Report on sanitation, dispensaries, and jails in Rajputana for 1913, and on vaccination for the year 1913-1914 - 1913-1914
Year: 1913
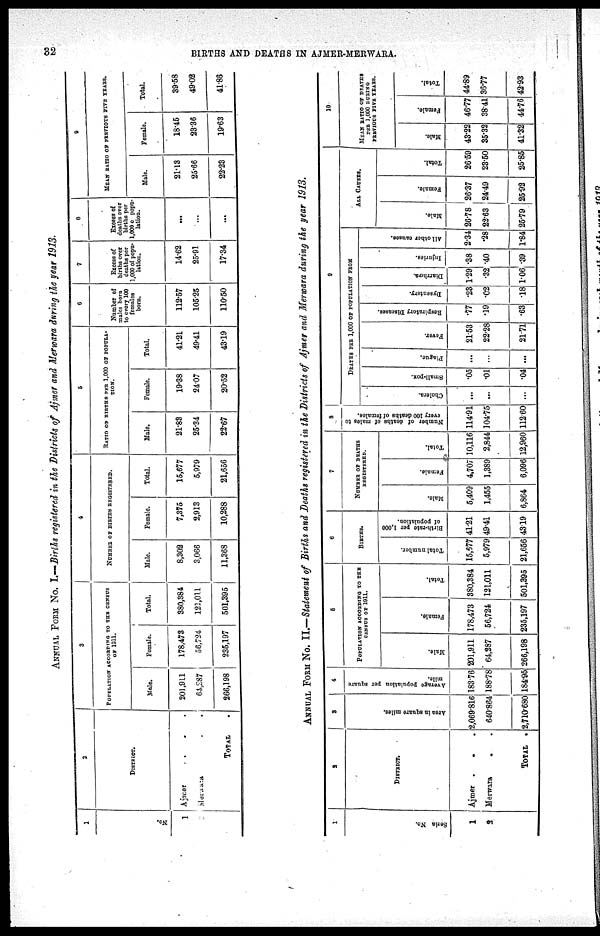
32
BIRTHS AND DEATHS IN AJMER-MERWARA.
ANNUAL FORM NO. I.—Births registered in the Districts of Ajmer and Merwara during the year 1913.
1
No.
1
2
DISTRICT.
Ajmer
.
. .
Merwara
.
.
TOTAL .
3
POPULATION ACCORDING TO THE CENSUS
OF 1911.
Male.
201,911
64,287
266,198
Female.
178,473
56,724
235,197
Total.
380,384
121,011
501,395
4
NUMBER OF BIRTHS REGISTERED.
Male.
8,302
3,066
11,368
Female.
7,375
2,913
10,288
Total.
15,677
5,979
21,656
5
RATIO OF BIRTHS PER 1,000 OF POPULA¬
-----
Male.
21.83
25.34
22.67
Female.
19.38
24.07
20.52
Total.
41.21
49.41
43.19
6
Number of
males born
to every 100
females
born.
112.57
105.25
110.50
7
Excess of
births over
deaths per
1,000 of popu-
lation.
14.62
25.91
17.34
8
Excess of
deaths over
births per
1,000 of popu-
lation.
...
...
...
9
MEAN RATIO OF PREVIOUS FIVE YEARS.
Male.
21.13
25.66
22.23
Female.
18.45
23.36
19.63
Total.
39.58
49.02
41.86
ANNUAL FORM No. II.—Statement of Births and Deaths registered in theDistricts of Ajmer and Merwara during the year 1913.
1
Serial No.
1
2
2
DISTRICT.
Ajmer .
.
Merwara
. .
TOTAL
.
3
Area in square miles.
2,069.816
640.864
2,710.680
4
Average population per square
mile.
183.76
188.78
184.95
5
POPULATION ACCORDING TO THE
CENSUS OF 1911.
Male.
201,911
64,287
266,198
Female.
178,473
56,724
235,197
Total.
380,384
121,011
501,395
6
BIRTHS.
Total number.
15,677
5,979
21,656
Birth-rate per 1,000
of population.
41.21
49.41
43.19
7
NUMBER OF DEATHS
REGISTERED.
Male.
5,409
1,455
6,864
Female.
4,707
1,389
6,096
Total.
10,116
2,844
12,960
8
Number of deaths of males to
every 100 deaths of females.
114.91
104.75
112.60
9
DEATHS PER 1,000 OF POPULATION FROM
Cholera.
...
...
...
Small-pox.
.05
.01
.04
Plague.
...
...
...
Fever.
21.53
22.28
21.71
Respiratory Diseases.
.77
.19
.63
Dysentery.
.23
.02
.18
Diarrhœa.
1.29
.32
1.06
Injuries.
.38
.40
.39
All other causes.
2.34
.28
1.84
ALL CAUSES.
Male.
26.78
22.63
25.79
Female.
26.37
24.49
25.92
Total.
26.59
23.50
25.85
10
MEAN RATIO OF DEATHS
PER 1,000 DURING
PERVIOUS FIVE YEARS.
Male.
43.22
35.32
41.32
Female.
46.77
38.41
44.76
Total.
44.89
36.77
42.93